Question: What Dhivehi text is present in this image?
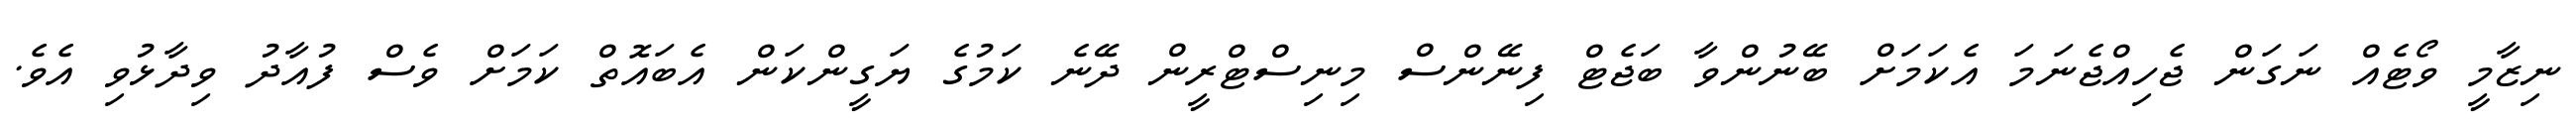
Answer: ނިޒާމީ ވޯޓެއް ނަގަން ޖެހިއްޖެނަމަ އެކަމަށް ބޭނުންވާ ބަޖެޓް ފިނޭންސް މިނިސްޓްރީން ދޭނެ ކަމުގެ ޔަގީންކަން އެބައޮތް ކަމަށް ވެސް ފުއާދު ވިދާޅުވި އެވެ.